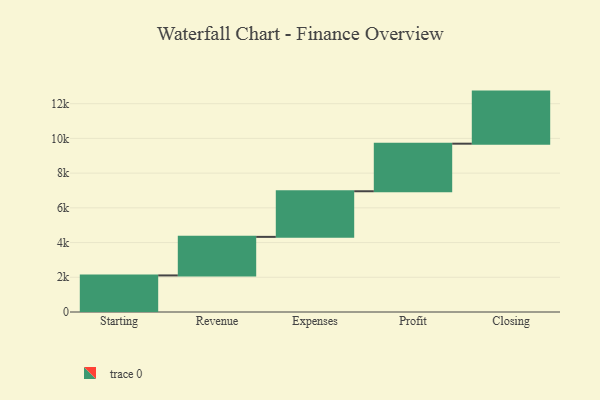
{"axis": {"x": "Step", "y": "Value"}, "legend": [""], "data": [{"x": "Starting", "y": 2107.0, "type": ""}, {"x": "Revenue", "y": 2221.0, "type": ""}, {"x": "Expenses", "y": 2628.0, "type": ""}, {"x": "Profit", "y": 2741.0, "type": ""}, {"x": "Closing", "y": 3000, "type": ""}]}